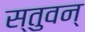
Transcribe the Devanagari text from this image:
स्तुवन्